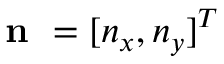
\textbf { n } = [ n _ { x } , n _ { y } ] ^ { T }